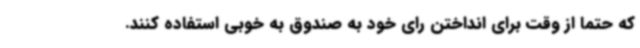
که حتما از وقت برای انداختن رای خود به صندوق به خوبی استفاده کنند.